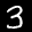
Label: 3